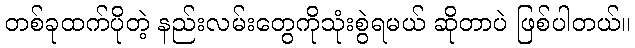
တစ်ခုထက်ပိုတဲ့ နည်းလမ်းတွေကိုသုံးစွဲရမယ် ဆိုတာပဲ ဖြစ်ပါတယ်။